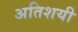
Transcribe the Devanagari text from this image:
अतिशयी